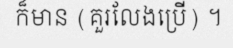
ក៏មាន (គួរលែងប្រើ) ។